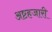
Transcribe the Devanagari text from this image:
अष्टहजारी